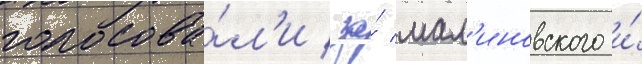
голосова́л'и за́ мал'иновского и́